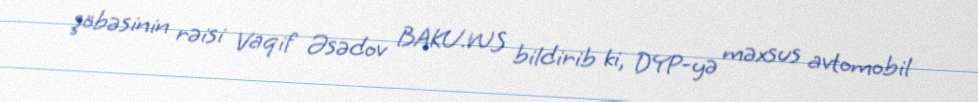
şöbəsinin rəisi Vaqif Əsədov BAKU.WS bildirib ki, DYP-yə məxsus avtomobil